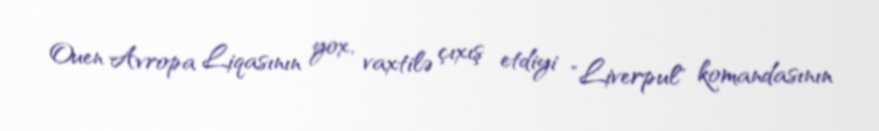
Ouen Avropa Liqasının yox, vaxtilə çıxış etdiyi "Liverpul" komandasının